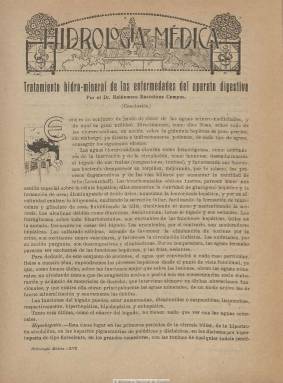
Título: La Hoja hidrológica
Otros títulos: Hidrología médica || Hidrología médica
Colección: Medicina
Ámbito geográfico: Madrid
Lugar de publicación: Madrid
Fechas: 20/03/1920-20/04/1922

Publicación científica que, como suplemento a Mondariz (1915-1922), aparece trimestralmente desde el 20 de marzo de 1920 hasta el 20 de abril de 1922, fecha esta en la que también deja de editarse la revista de referencia, que había tomado su título del que será municipio pontevedrés Mondariz-Balneario, en donde se ubicaba desde el último tercio del siglo XIX el Establecimiento de Aguas Bicarbonatado-Sódicas, que a la vez era un suplemento mensual al dominical La Temporada de Mondariz (¿1879-1931?).

Las entregas de La hoja… son de ocho páginas cada una, compuestas a dos columnas y con algunas ilustraciones. Datada en Madrid, probablemente fue estampada también en la madrileña Imprenta Clásica Española, al igual que la revista Mondariz. Su director científico fue el doctor Hipólito Rodríguez-Pinilla (1860-1936), que asumió en aquellos años la titularidad de la primera cátedra de Hidrología Médica de la Facultad de Medicina de la Universidad Central de Madrid.

Contiene artículos sobre la materia de las aguas minero-medicinales firmados por el citado doctor Rodríguez-Pinilla; así como por los médicos José García Viñals, entonces profesor auxiliar de la citada cátedra, y Alfonso Cano y Pinteño. La publicación dio cuenta también del Congreso de Mónaco, y ofrece unas notas sobre Hidrología mitológica y artística, además de otras sobre balnearios.

La colección de este título en la Biblioteca Nacional de España contiene, al principio, el título Hidrología médica, que pudo ser una sección independiente u otro suplemento de Mondariz. Véase también la colección de esta revista en esta Hemeroteca Digital.